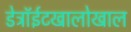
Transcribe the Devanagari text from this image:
डेट्रॉईटखालोखाल